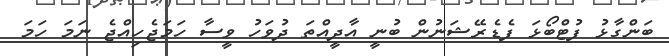
ބަންގާޅު ފުޓްބޯޅަ ފެޑެރޭޝަނުން ބުނީ އާދީއްތަ ދުވަހު ވީސާ ހަމަޖެހިއްޖެ ނަމަ ހަމަ